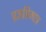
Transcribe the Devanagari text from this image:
प्रज्ञप्तिमात्र